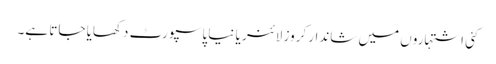
کئی اشتہاروں میں شاندار کروز لائنر یا نیا پاسپورٹ دکھایا جاتا ہے۔